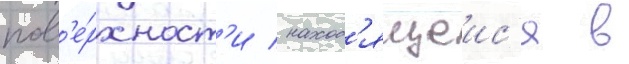
пов'е́рхност'и / наход'ящеис'я в